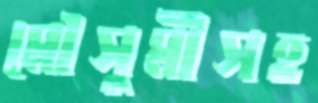
মৌসুমীসহ